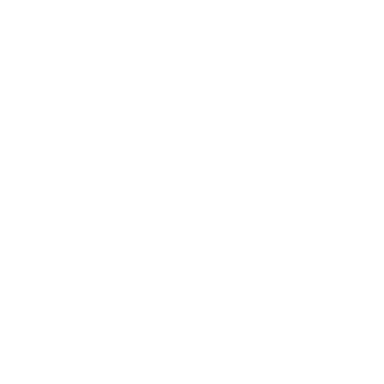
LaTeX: \displaystyle